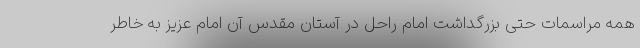
همه مراسمات حتی بزرگداشت امام راحل در آستان مقدس آن امام عزیز به خاطر